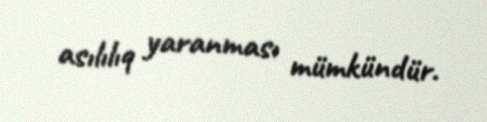
asılılıq yaranması mümkündür.